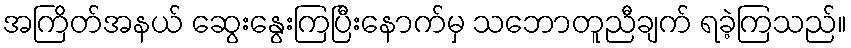
အကြိတ်အနယ် ဆွေးနွေးကြပြီးနောက်မှ သဘောတူညီချက် ရခဲ့ကြသည်။